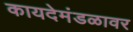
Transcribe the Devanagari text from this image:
कायदेमंडळावर